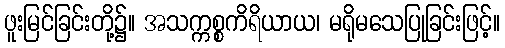
ဖူးမြင်ခြင်းတို့၌။ အသက္ကစ္စကိရိယာယ၊ မရိုမသေပြုခြင်းဖြင့်။